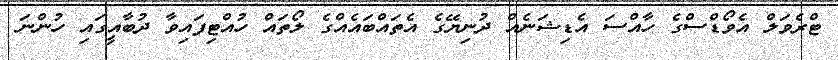
ޓްރެވަލް އެވޯޑްސްގެ ހާއްސަ އެޑިޝަނެއް ދުނިޔޭގެ އެތައްބައެއްގެ ލޯތައް ހުއްޓިފައިވާ ދުބާއީގައި ހުންނަ